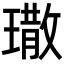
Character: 𤩀